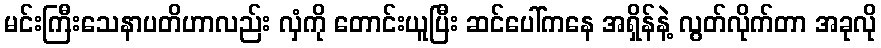
မင်းကြီးသေနာပတိဟာလည်း လှံကို တောင်းယူပြီး ဆင်ပေါ်ကနေ အရှိန်နဲ့ လွတ်လိုက်တာ အခုလို